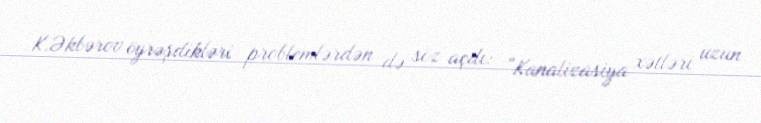
K.Əkbərov öyrəşdikləri problemlərdən də söz açdı: “Kanalizasiya xətləri uzun